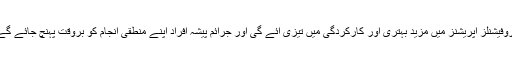
پروفیشنلز آپریشنز میں مزید بہتری اور کارکردگی میں تیزی آئے گی اور جرائم پیشہ افراد آپنے منطقی انجام کو بروقت پہنچ جائے گے۔